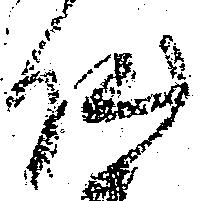
仏